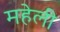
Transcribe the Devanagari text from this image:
महेली